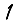
Digit: 1